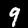
Digit: 9